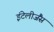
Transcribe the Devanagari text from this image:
इंटेलीजैंस